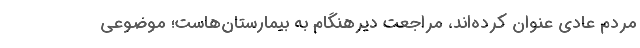
مردم عادی عنوان کرده‌اند، مراجعت دیرهنگام به بیمارستان‌هاست؛ موضوعی